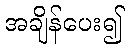
အချိန်ပေး၍